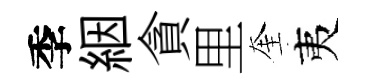
季絪貪里奎夷